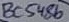
Text: BC548b